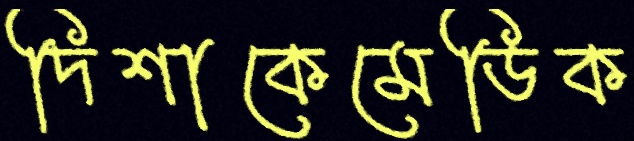
দিশাকেমেডিক